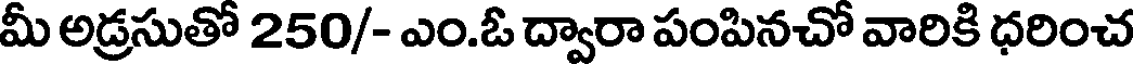
మీ అడ్రసుతో 250/- ఎం.ఓ ద్వారా పంపినచో వారికి ధరించ